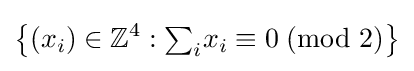
\left\{(x_{i})\in \mathbb {Z} ^{4}:{\textstyle \sum _{i}}x_{i}\equiv 0\;({\mbox{mod }}2)\right\}